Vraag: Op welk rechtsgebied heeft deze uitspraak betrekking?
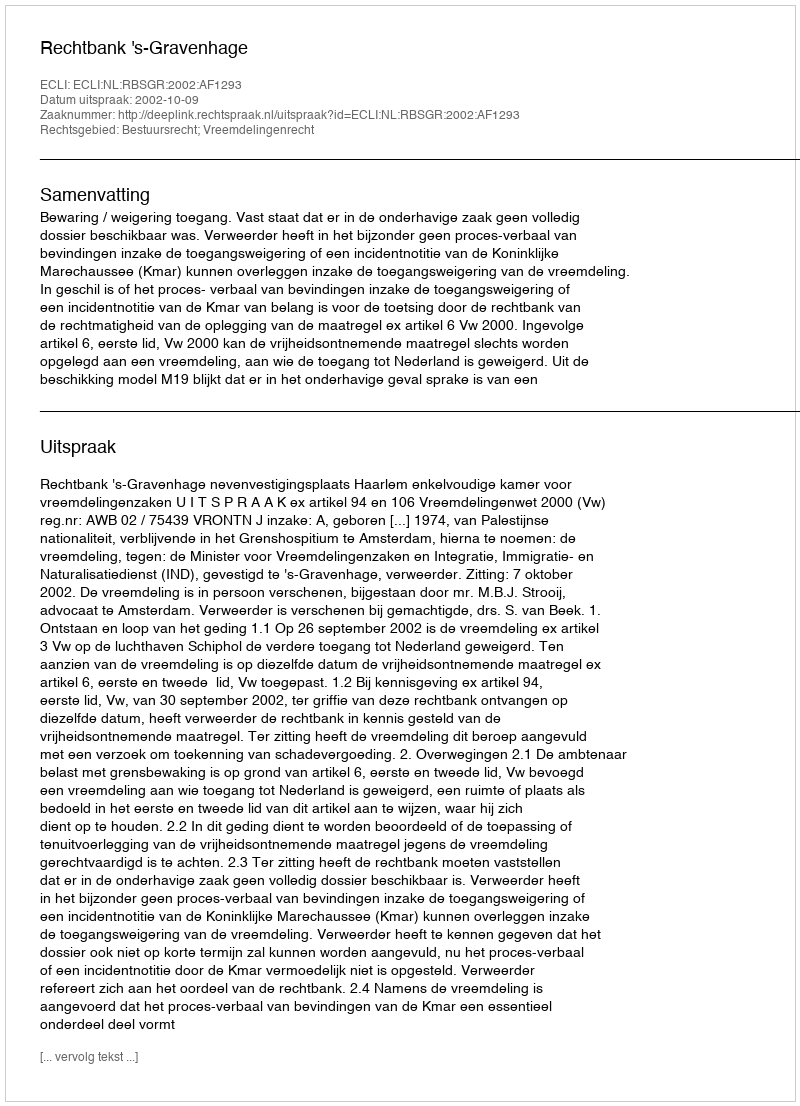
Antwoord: Bestuursrecht; Vreemdelingenrecht